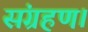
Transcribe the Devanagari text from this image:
संग्रहण।